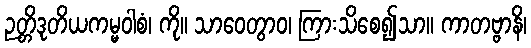
ဉတ္တိဒုတိယကမ္မဝါစံ၊ ကို။ သာဝေတွာဝ၊ ကြားသိစေ၍သာ။ ကာတဗ္ဗာနိ၊